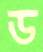
ড